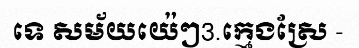
ទេ សម័យយ៉េៗ3.ក្មេងស្រែ -